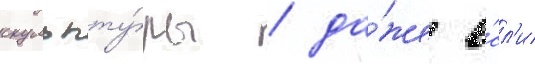
скульпту́ры / да́же е́сл'и